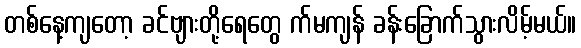
တစ်နေ့ကျတော့ ခင်ဗျားတို့ရေတွေ က်မကျန် ခန်းခြောက်သွားလိမ့်မယ်။